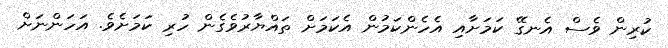
ކުރިން ވެސް އެނގޭ ކަމަށާއި އެހެންކަމުން އެކަމަށް ތައްޔާރުވެގެން ހުރި ކަމަށެވެ. އަހަންނަށް